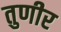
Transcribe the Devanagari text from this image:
तुणीर